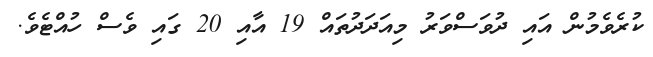
ކުރެވެމުން އައި ދުވަސްވަރު މިއަދަދުތައް 19 އާއި 20 ގައި ވެސް ހުއްޓެވެ.